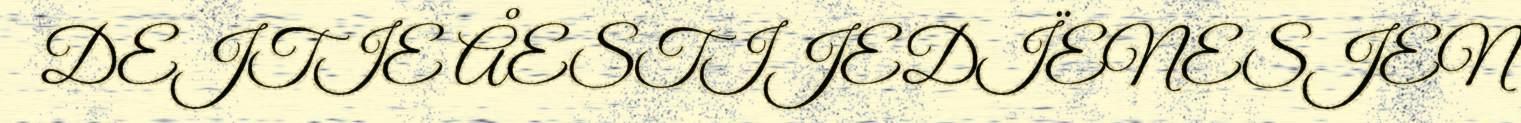
DEJTIE ÅESTIJEDÏENESJEN